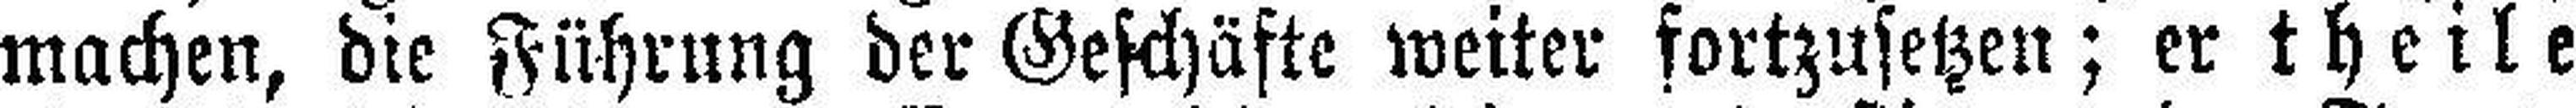
machen, die Führung der Geschäfte weiter fortzusetzen; er theile